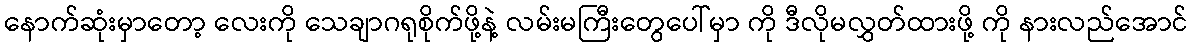
နောက်ဆုံးမှာတော့ လေးကို သေချာဂရုစိုက်ဖို့နဲ့ လမ်းမကြီးတွေပေါ်မှာ ကို ဒီလိုမလွှတ်ထားဖို့ ကို နားလည်အောင်